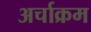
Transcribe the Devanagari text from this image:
अर्चाक्रम